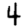
Digit: 4